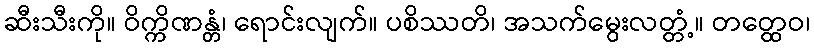
ဆီးသီးကို။ ဝိက္ကိဏန္တံ၊ ရောင်းလျက်။ ပစိဿတိ၊ အသက်မွေးလတ္တံ့။ တတ္ထေဝ၊